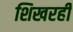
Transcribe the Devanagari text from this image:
शिखरही